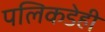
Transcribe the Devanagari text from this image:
पलिकडेही